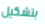
بتشكيل